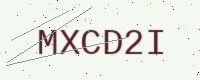
Text: MXCD2I